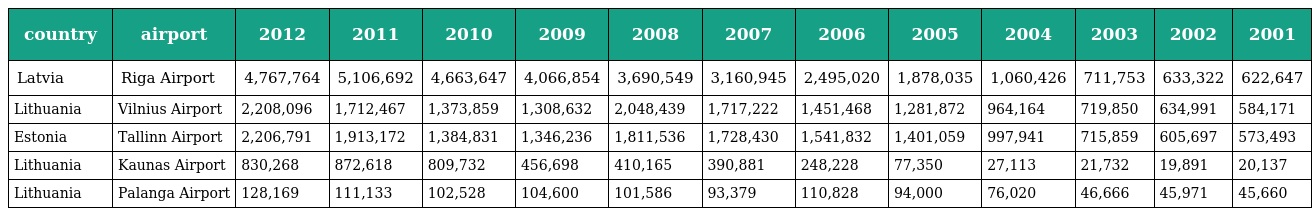
| country | airport | 2012 | 2011 | 2010 | 2009 | 2008 | 2007 | 2006 | 2005 | 2004 | 2003 | 2002 | 2001 |
 | --- | --- | --- | --- | --- | --- | --- | --- | --- | --- | --- | --- | --- | --- |
 | Latvia | Riga Airport | 4,767,764 | 5,106,692 | 4,663,647 | 4,066,854 | 3,690,549 | 3,160,945 | 2,495,020 | 1,878,035 | 1,060,426 | 711,753 | 633,322 | 622,647 |
 | Lithuania | Vilnius Airport | 2,208,096 | 1,712,467 | 1,373,859 | 1,308,632 | 2,048,439 | 1,717,222 | 1,451,468 | 1,281,872 | 964,164 | 719,850 | 634,991 | 584,171 |
 | Estonia | Tallinn Airport | 2,206,791 | 1,913,172 | 1,384,831 | 1,346,236 | 1,811,536 | 1,728,430 | 1,541,832 | 1,401,059 | 997,941 | 715,859 | 605,697 | 573,493 |
 | Lithuania | Kaunas Airport | 830,268 | 872,618 | 809,732 | 456,698 | 410,165 | 390,881 | 248,228 | 77,350 | 27,113 | 21,732 | 19,891 | 20,137 |
 | Lithuania | Palanga Airport | 128,169 | 111,133 | 102,528 | 104,600 | 101,586 | 93,379 | 110,828 | 94,000 | 76,020 | 46,666 | 45,971 | 45,660 |